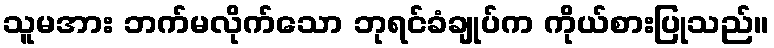
သူမအား ဘက်မလိုက်သော ဘုရင်ခံချုပ်က ကိုယ်စားပြုသည်။